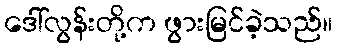
ဒေါ်လွန်းတို့က ဖွားမြင်ခဲ့သည်။